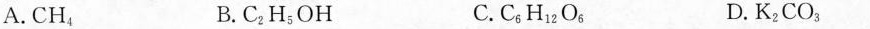
A.CH_{4} B.C_{2}H_{5}OH C.C_{6}H_{12}O_{6} D.K_{2}CO_{4}